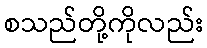
စသည်တို့ကိုလည်း